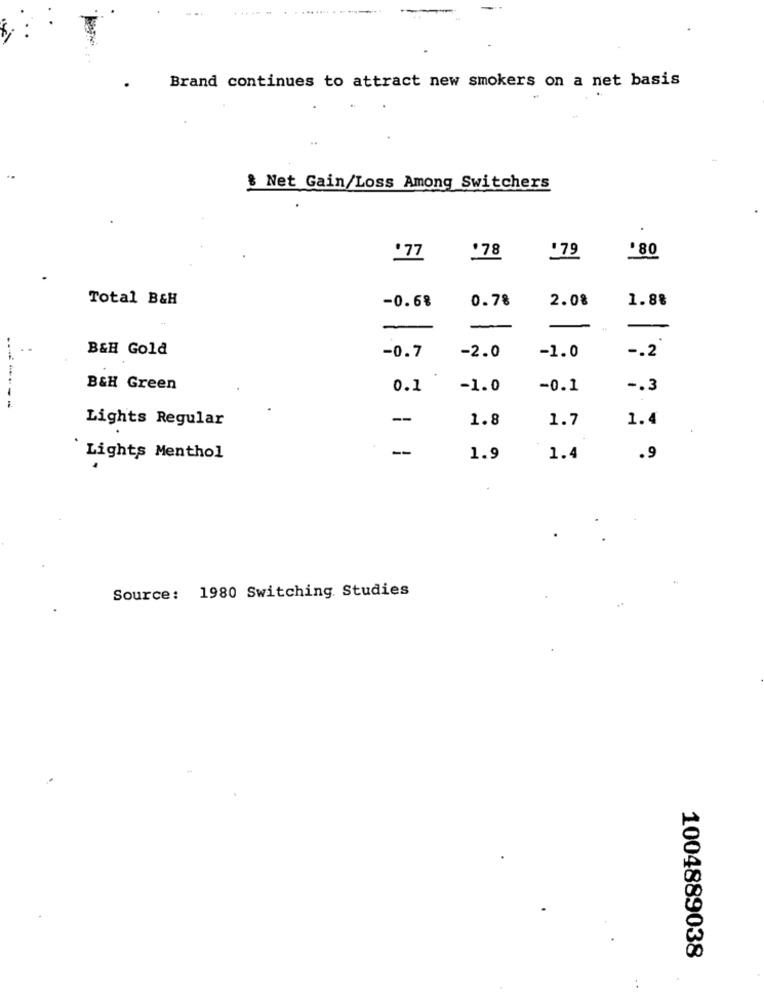
. .........
Brand continues to attract new smokers on a net basis
..
& Net Gain/Loss Among Switchers
'78
.77
.79
'80
Total B&H
0.78
2.08
1.88
-0.6%
-
B&H Gold
-0.7
-2.0
-1.0
-. 2
B&H Green
0.1
-1.0
-0.1
-. 3
-------
Lights Regular
--
1.8
1.7
1.4
--
Lights Menthol
1.9
1.4
.9
.
Source: 1980 Switching Studies
1004889038